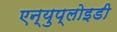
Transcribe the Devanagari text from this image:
एन्युप्लोइडी